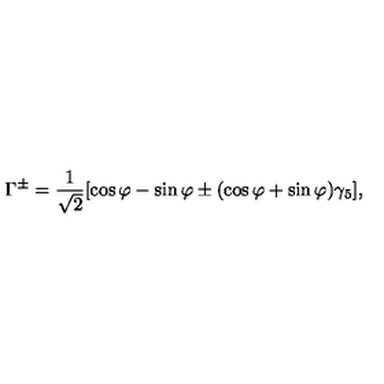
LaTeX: \Gamma ^ { \pm } = \frac { 1 } { \sqrt { 2 } } [ \cos \varphi - \sin \varphi \pm ( \cos \varphi + \sin \varphi ) \gamma _ { 5 } ] ,